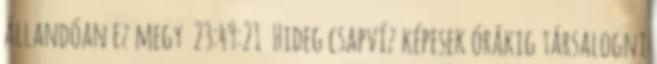
állandóan ez megy 23:49:21 Hideg csapvíz képesek órákig társalogni